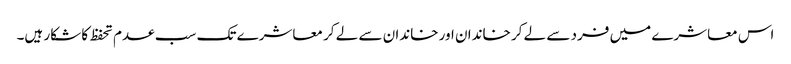
اس معاشرے میں فرد سے لے کر خاندان اور خاندان سے لے کر معاشرے تک سب عدم تحفظ کا شکار ہیں۔